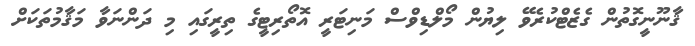
ޤާނޫނީގޮތުން ގެޒެޓްކުރެވޭ ލިޔުން މޯލްޑިވްސް މަނިޓަރީ އޮތޯރިޓީގެ ތިރީގައި މި ދަންނަވާ މަޤާމުތަކަށް